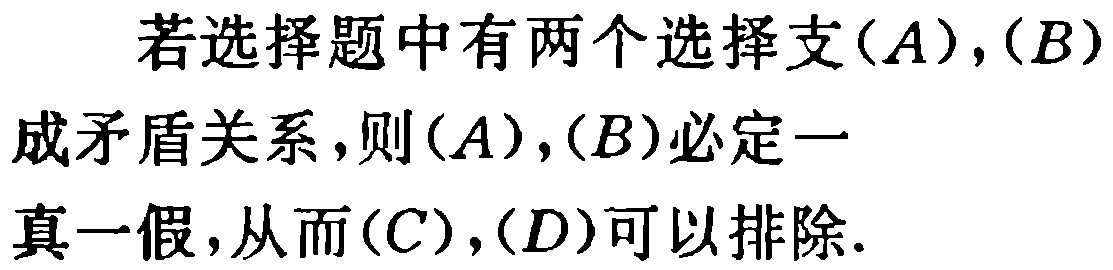
若选择题中有两个选择支$(A),(B)$成矛盾关系，则$(A),(B)$必定一真一假，从而$(C),(D)$可以排除.